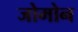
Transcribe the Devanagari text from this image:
जोमोन